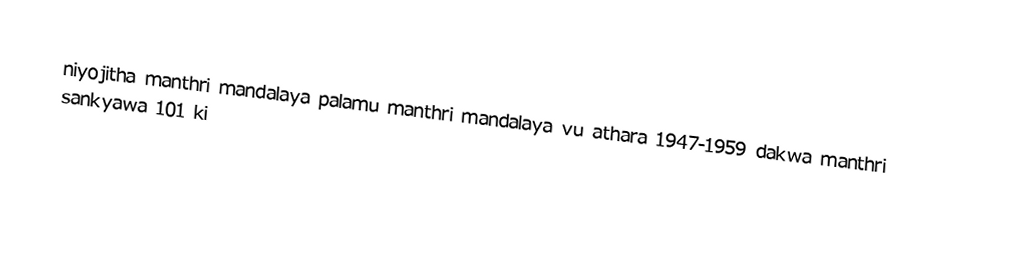
niyojitha manthri mandalaya palamu manthri mandalaya vu athara 1947-1959 dakwa manthri sankyawa 101 ki